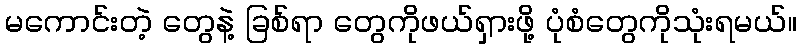
မကောင်းတဲ့ တွေနဲ့ ခြစ်ရာ တွေကိုဖယ်ရှားဖို့ ပုံစံတွေကိုသုံးရမယ်။